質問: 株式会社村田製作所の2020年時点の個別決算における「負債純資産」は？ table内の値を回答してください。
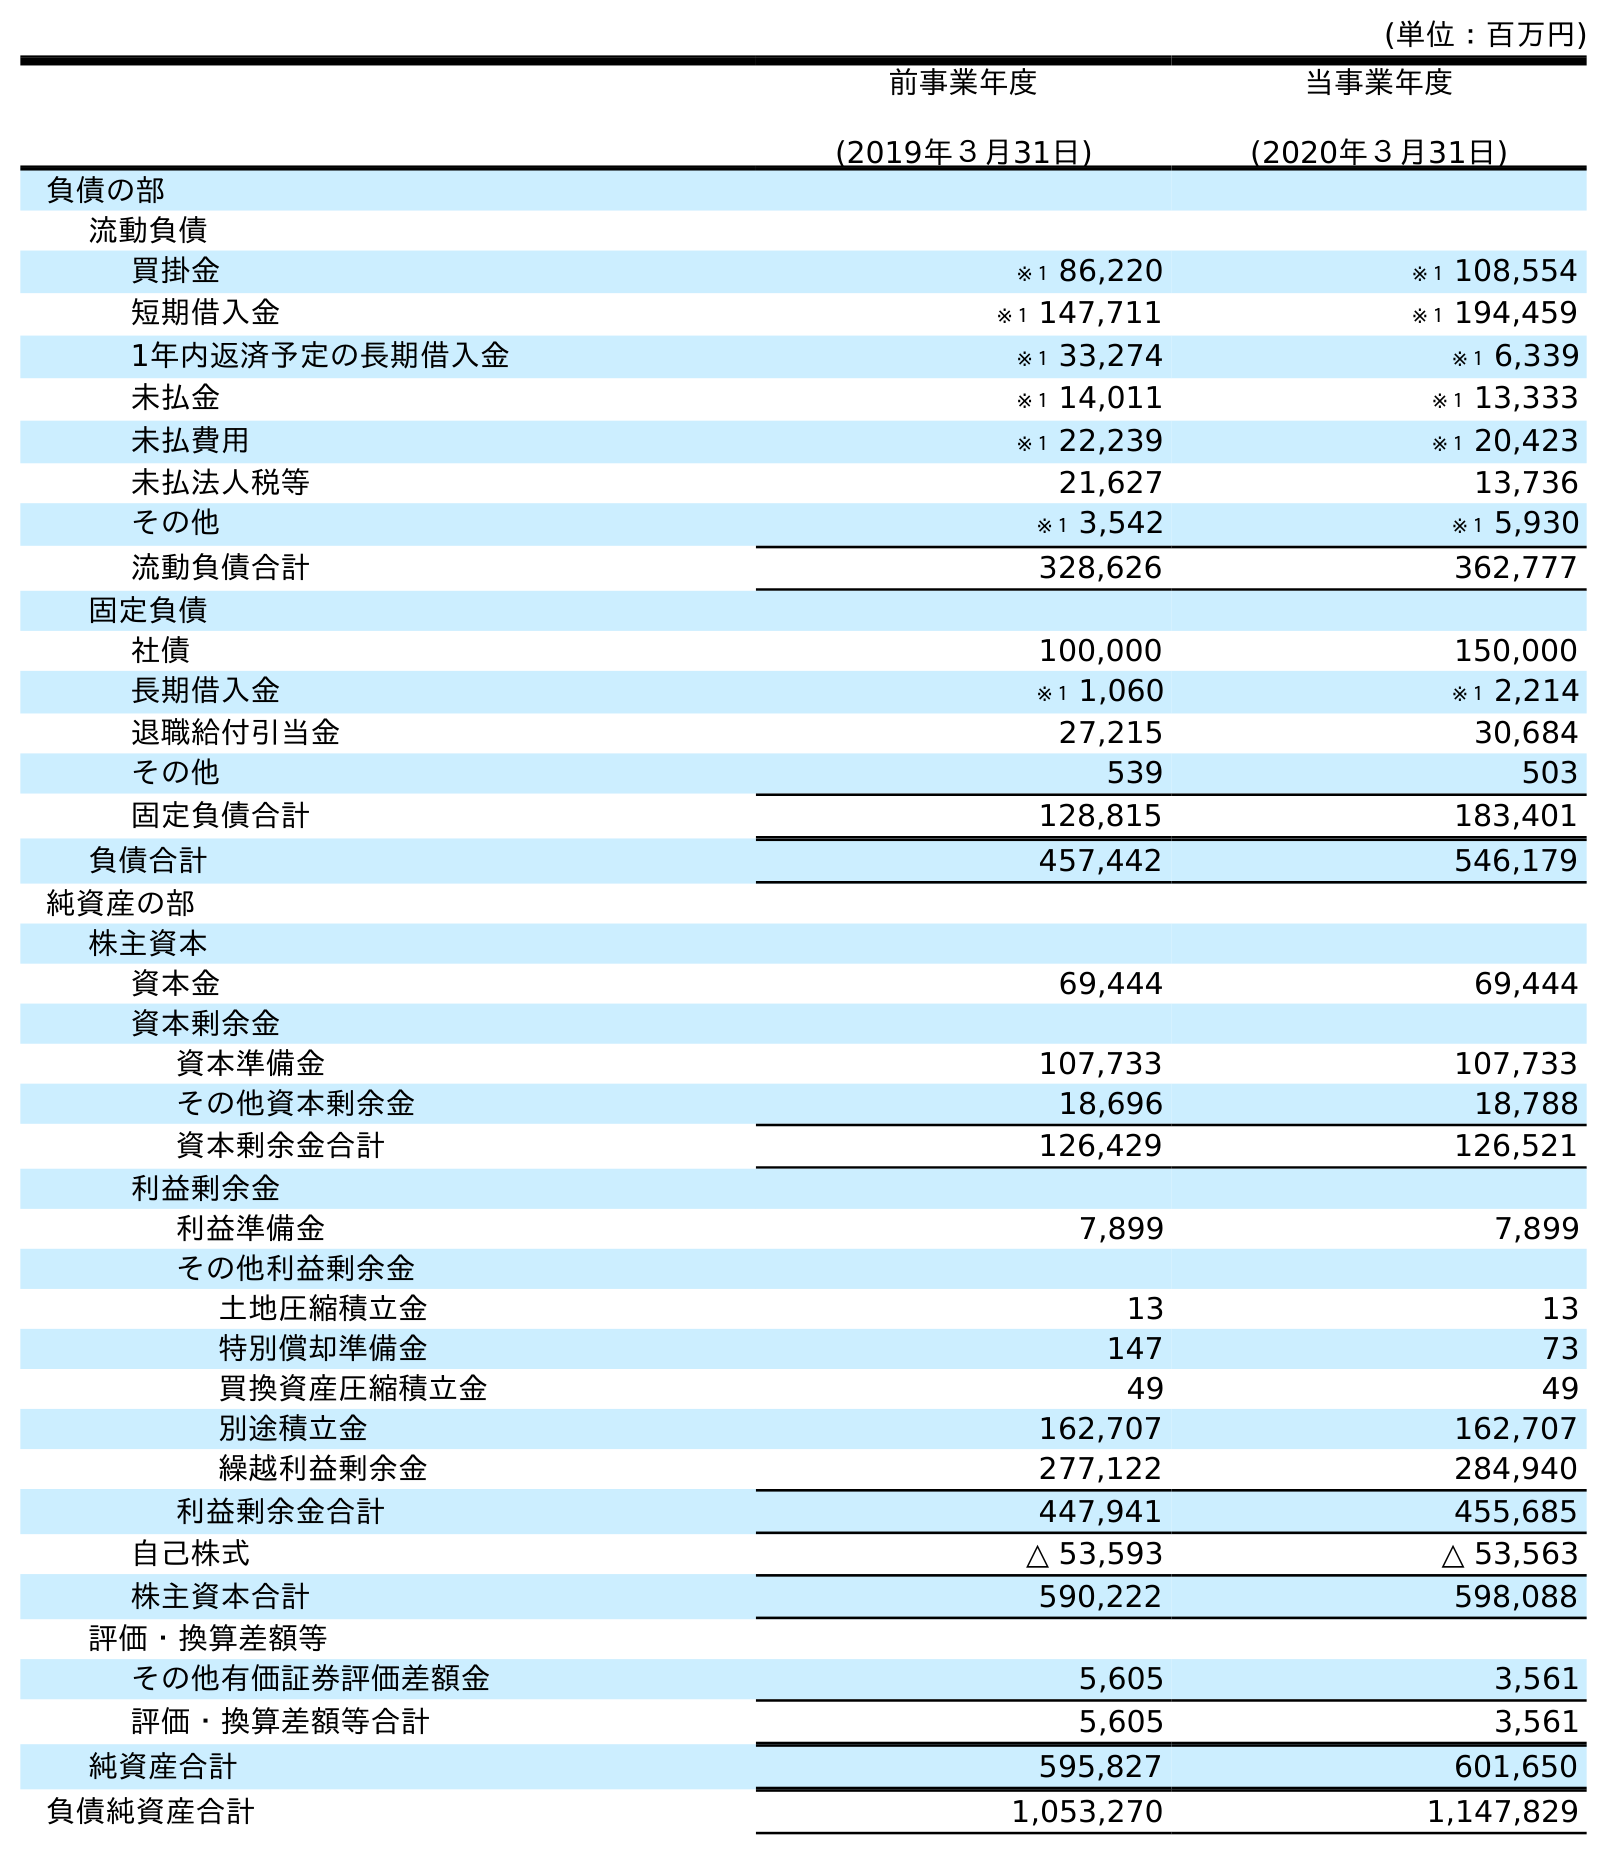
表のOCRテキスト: (単位：百万円) 前事業年度 (2019年３月31日) 当事業年度 (2020年３月31日) 負債の部 流動負債 買掛金 ※１ 86,220 ※１ 108,554 短期借入金 ※１ 147,711 ※１ 194,459 1年内返済予定の長期借入金 ※１ 33,274 ※１ 6,339 未払金 ※１ 14,011 ※１ 13,333 未払費用 ※１ 22,239 ※１ 20,423 未払法人税等 21,627 13,736 その他 ※１ 3,542 ※１ 5,930 流動負債合計 328,626 362,777 固定負債 社債 100,000 150,000 長期借入金 ※１ 1,060 ※１ 2,214 退職給付引当金 27,215 30,684 その他 539 503 固定負債合計 128,815 183,401 負債合計 457,442 546,179 純資産の部 株主資本 資本金 69,444 69,444 資本剰余金 資本準備金 107,733 107,733 その他資本剰余金 18,696 18,788 資本剰余金合計 126,429 126,521 利益剰余金 利益準備金 7,899 7,899 その他利益剰余金 土地圧縮積立金 13 13 特別償却準備金 147 73 買換資産圧縮積立金 49 49 別途積立金 162,707 162,707 繰越利益剰余金 277,122 284,940 利益剰余金合計 447,941 455,685 自己株式 △ 53,593 △ 53,563 株主資本合計 590,222 598,088 評価・換算差額等 その他有価証券評価差額金 5,605 3,561 評価・換算差額等合計 5,605 3,561 純資産合計 595,827 601,650 負債純資産合計 1,053,270 1,147,829
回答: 1,147,829